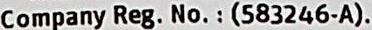
COMPANY REG. NO. : (583246-A).